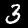
Digit: 3